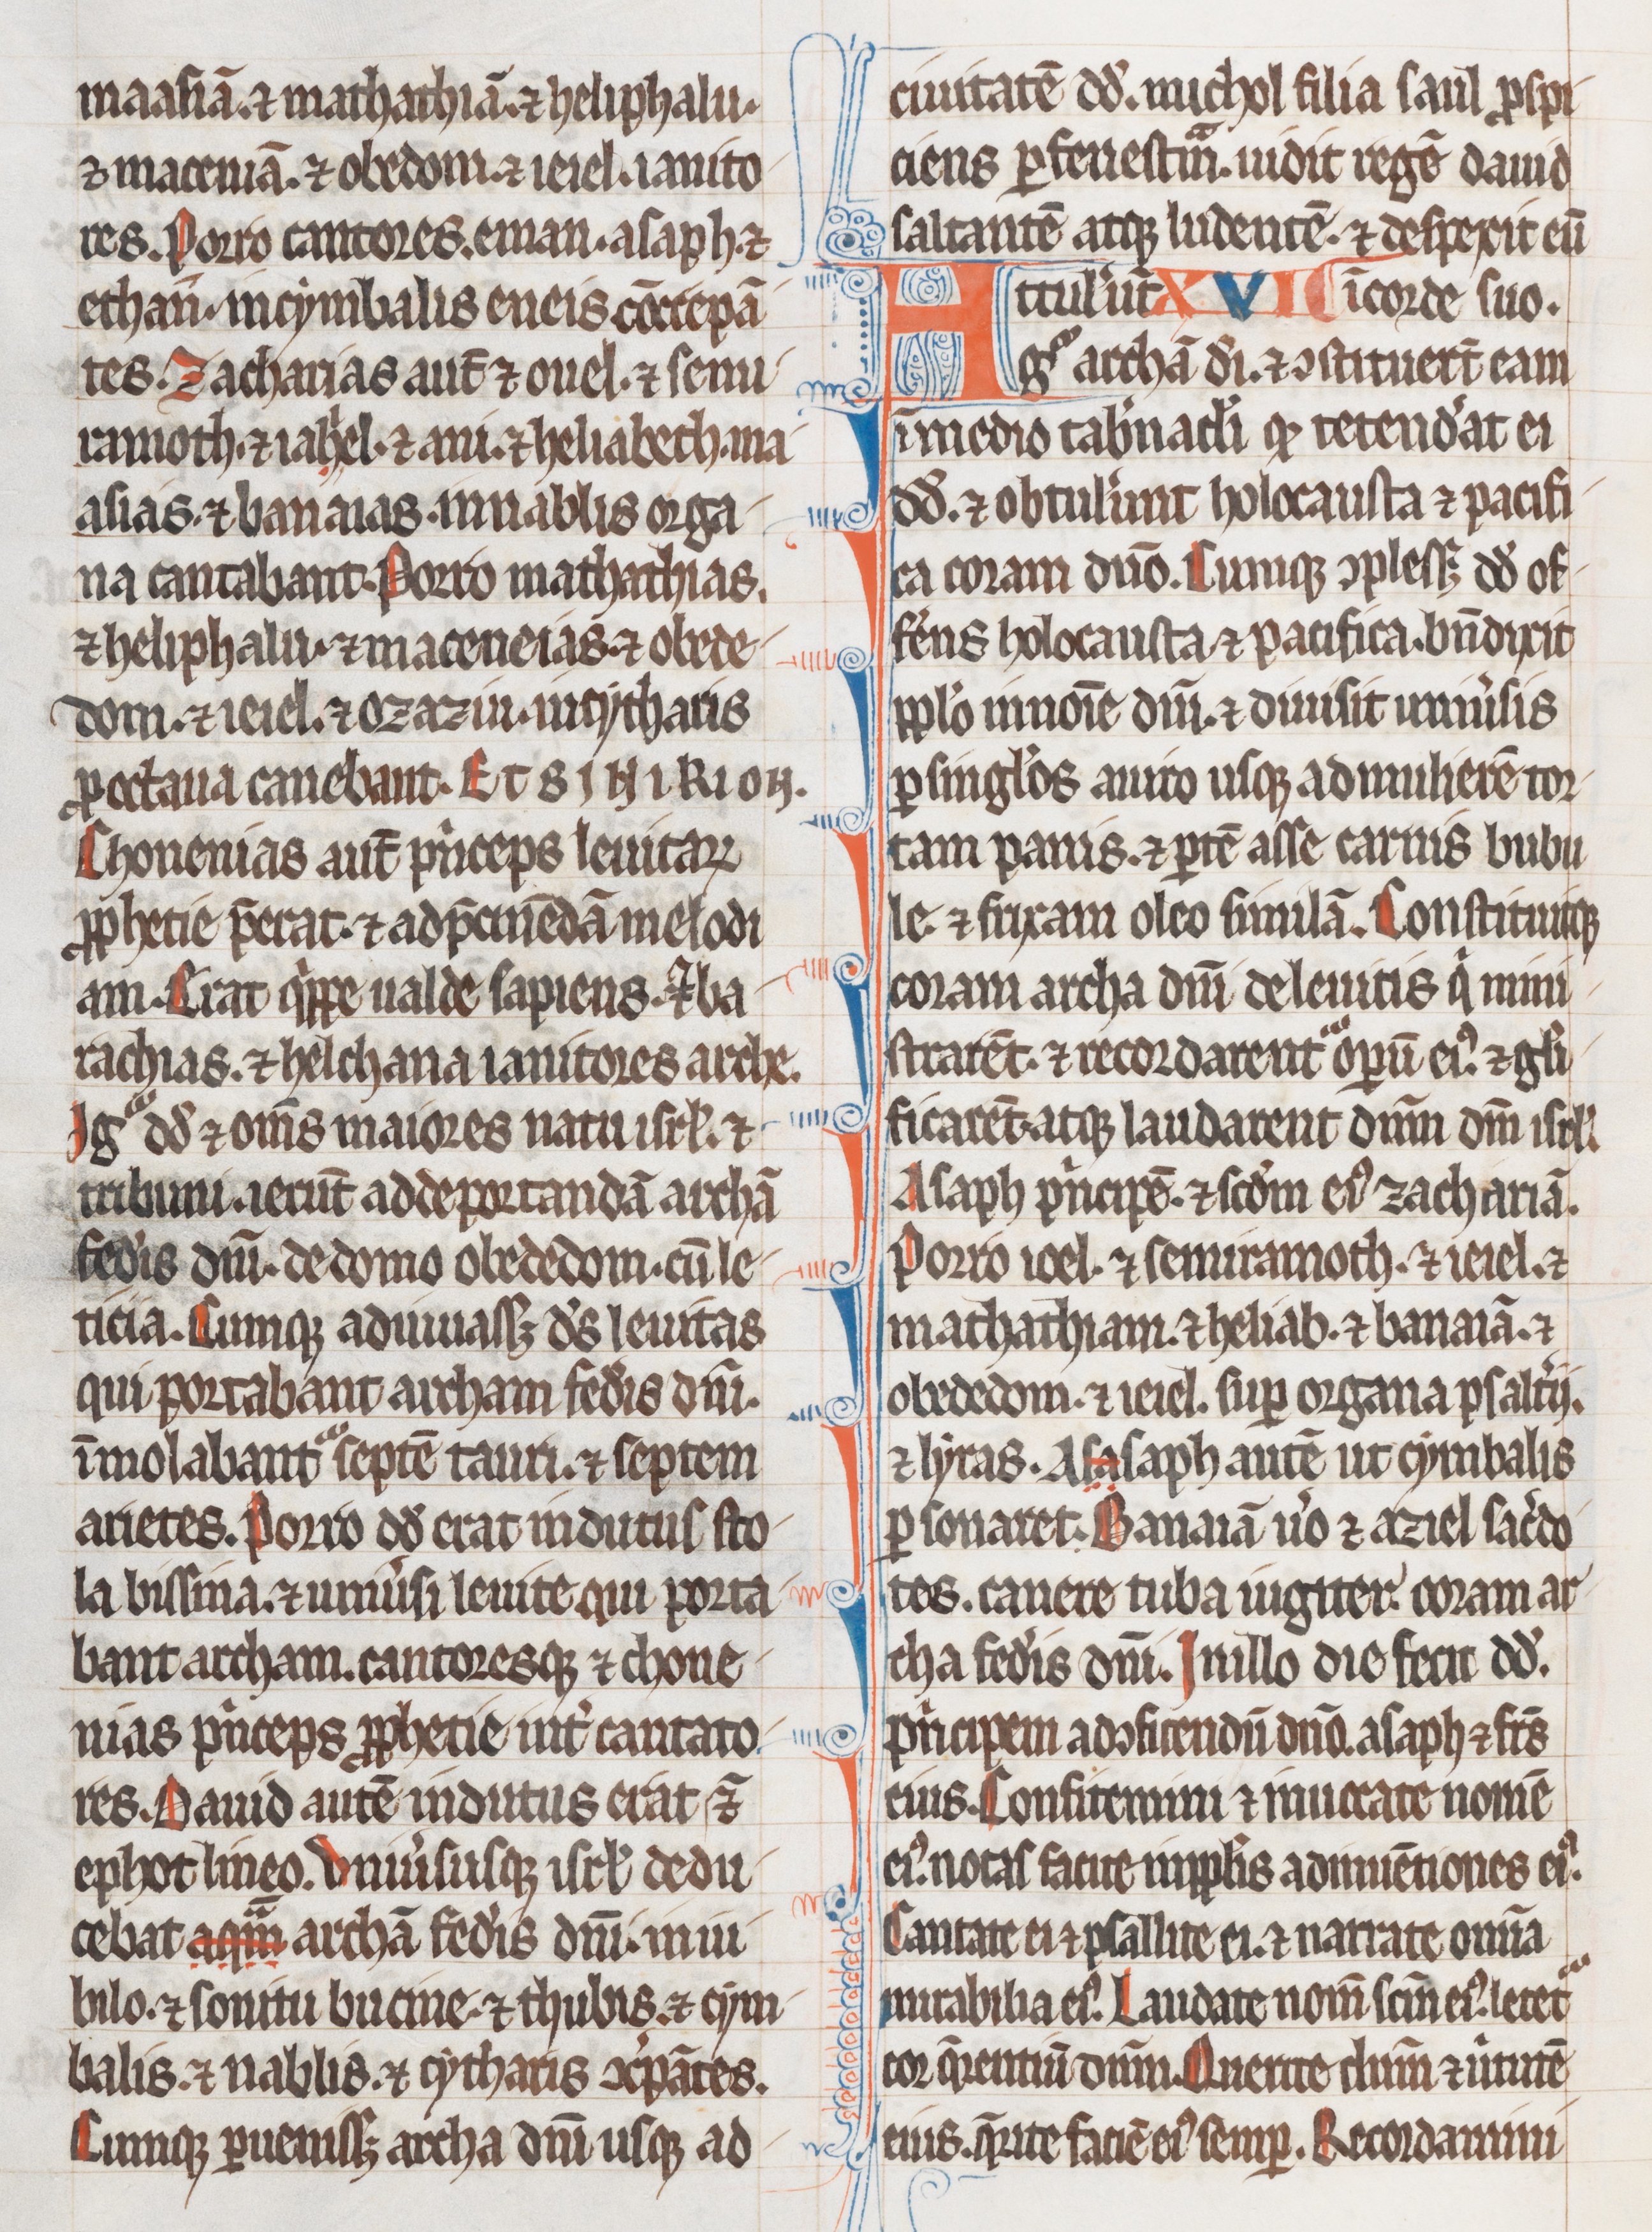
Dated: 1255–1285